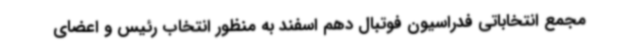
مجمع انتخاباتی فدراسیون فوتبال دهم اسفند به منظور انتخاب رئیس و اعضای